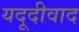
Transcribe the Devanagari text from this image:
यदूदीवाद